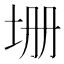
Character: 𡊢